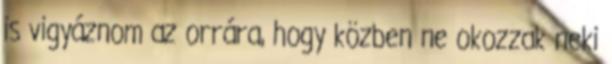
is vigyáznom az orrára, hogy közben ne okozzak neki